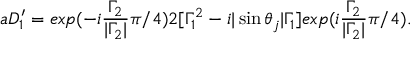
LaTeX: a D _ { 1 } ^ { \prime } = e x p ( - i \frac { { \Gamma } _ { 2 } } { | { \Gamma } _ { 2 } | } { \pi } / 4 ) 2 [ { \Gamma } _ { 1 } ^ { 2 } - i | \sin { \theta } _ { j } | { \Gamma } _ { 1 } ] e x p ( i \frac { { \Gamma } _ { 2 } } { | { \Gamma } _ { 2 } | } { \pi } / 4 ) .